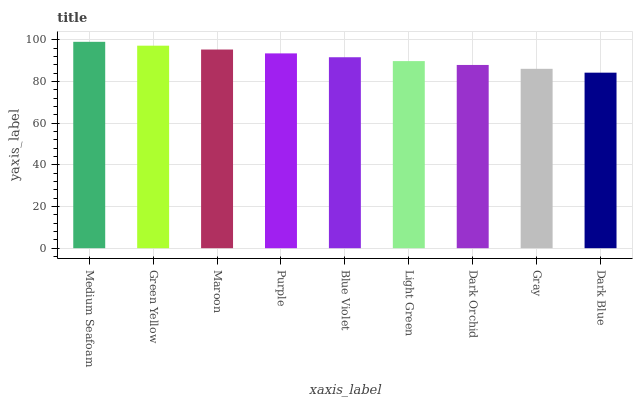
| xaxis_label | bars |
 | --- | --- |
 | Medium Seafoam | 99 |
 | Green Yellow | 97.2 |
 | Maroon | 95.3 |
 | Purple | 93.5 |
 | Blue Violet | 91.6 |
 | Light Green | 89.8 |
 | Dark Orchid | 87.9 |
 | Gray | 86.1 |
 | Dark Blue | 84.2 |